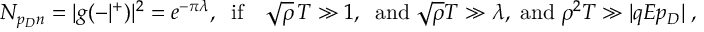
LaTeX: N _ { p _ { D } n } = | g ( - | ^ { + } ) | ^ { 2 } = e ^ { - \pi \lambda } , \; \; \mathrm { i f } \quad \sqrt { \rho } \, T \gg 1 , \; \; \mathrm { a n d } \; \sqrt { \rho } T \gg \lambda , \; \mathrm { a n d } \; \rho ^ { 2 } T \gg | q E p _ { D } | \; ,